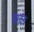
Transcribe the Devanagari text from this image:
प्रवर्दन